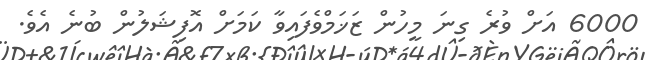
6000 އަށް ވުރެ ގިނަ މީހުން ޒަޚަމްވެފައިވާ ކަމަށް އޮފިޝަލުން ބުނެ އެވެ.